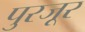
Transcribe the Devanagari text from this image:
पुरजूर